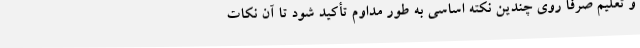
و تعلیم صرفاً روی چندین نکته اساسی به طور مداوم تأکید شود تا آن نکات